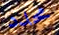
محدد